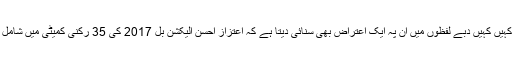
لیکن کہیں کہیں دبے لفظوں میں ان پہ ایک اعتراض بھی سنائی دیتا ہے کہ اعتزاز احسن الیکشن بل 2017 کی 35 رکنی کمیٹی میں شامل تھے۔